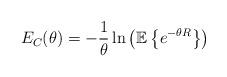
LaTeX: \begin{align*}E_C(\theta)=-\frac{1}{\theta}\ln\left(\mathbb{E}\left\{e^{-\theta R}\right\}\right)\end{align*}